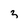
Character: 3